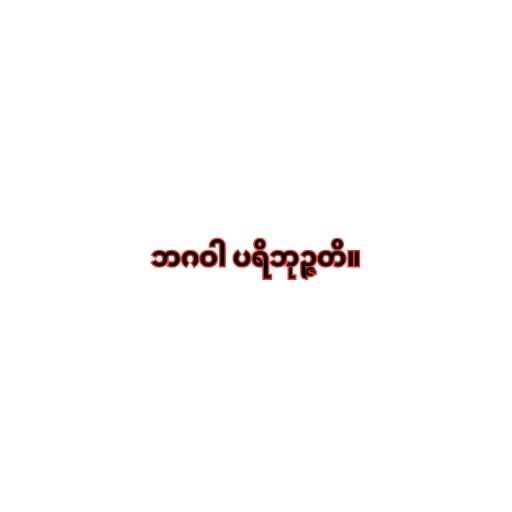
ဘဂဝါ ပရိဘုဉ္ဇတိ။